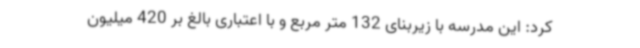
کرد: این مدرسه با زیربنای 132 متر مربع و با اعتباری بالغ بر 420 میلیون